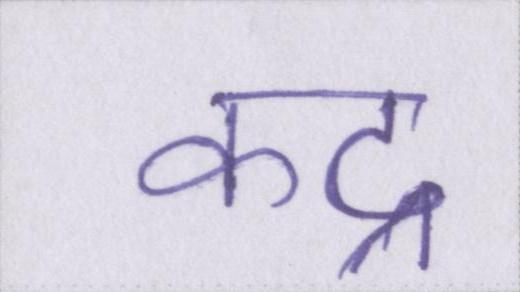
कद्र